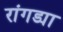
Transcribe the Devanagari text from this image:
रांगड्या